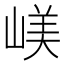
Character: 嵄